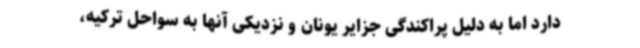
دارد اما به دلیل پراکندگی جزایر یونان و نزدیکی آنها به سواحل ترکیه،